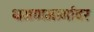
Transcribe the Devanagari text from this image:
भ्रमणमार्गावर